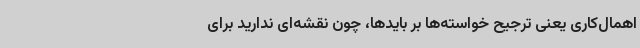
اهمال‌کاری یعنی ترجیح خواسته‌ها بر بایدها، چون نقشه‌ای ندارید برای